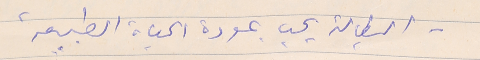
- البطالة يجب عودة الحياة الطبيعية